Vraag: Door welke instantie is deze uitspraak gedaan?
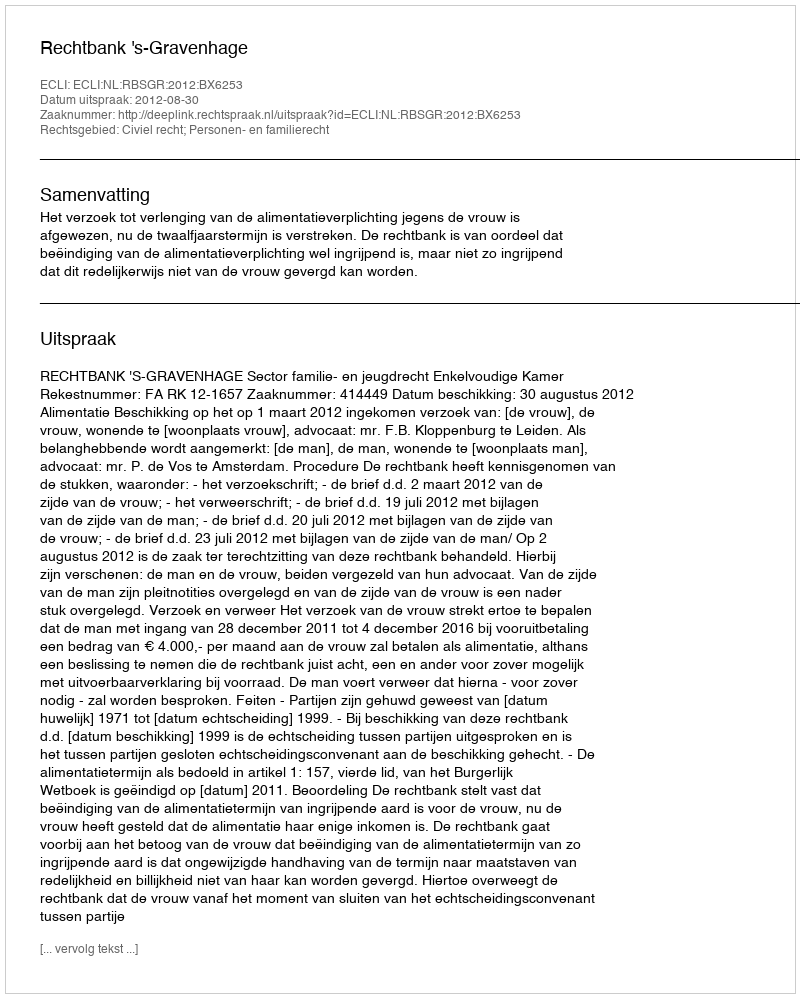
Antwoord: Rechtbank 's-Gravenhage